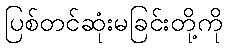
ပြစ်တင်ဆုံးမခြင်းတို့ကို